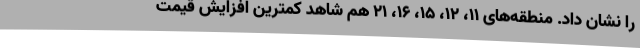
را نشان داد. منطقه‌های ۱۱، ۱۲، ۱۵، ۱۶، ۲۱ هم شاهد کمترین افزایش قیمت